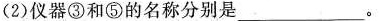
(2)仪器③和⑤的名称分别是_________。